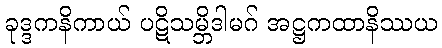
ခုဒ္ဒကနိကာယ် ပဋိသမ္ဘိဒါမဂ် အဋ္ဌကထာနိဿယ